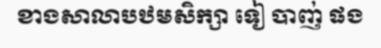
ខាងសាលាបឋមសិក្សា ទៀ បាញ់ ផង